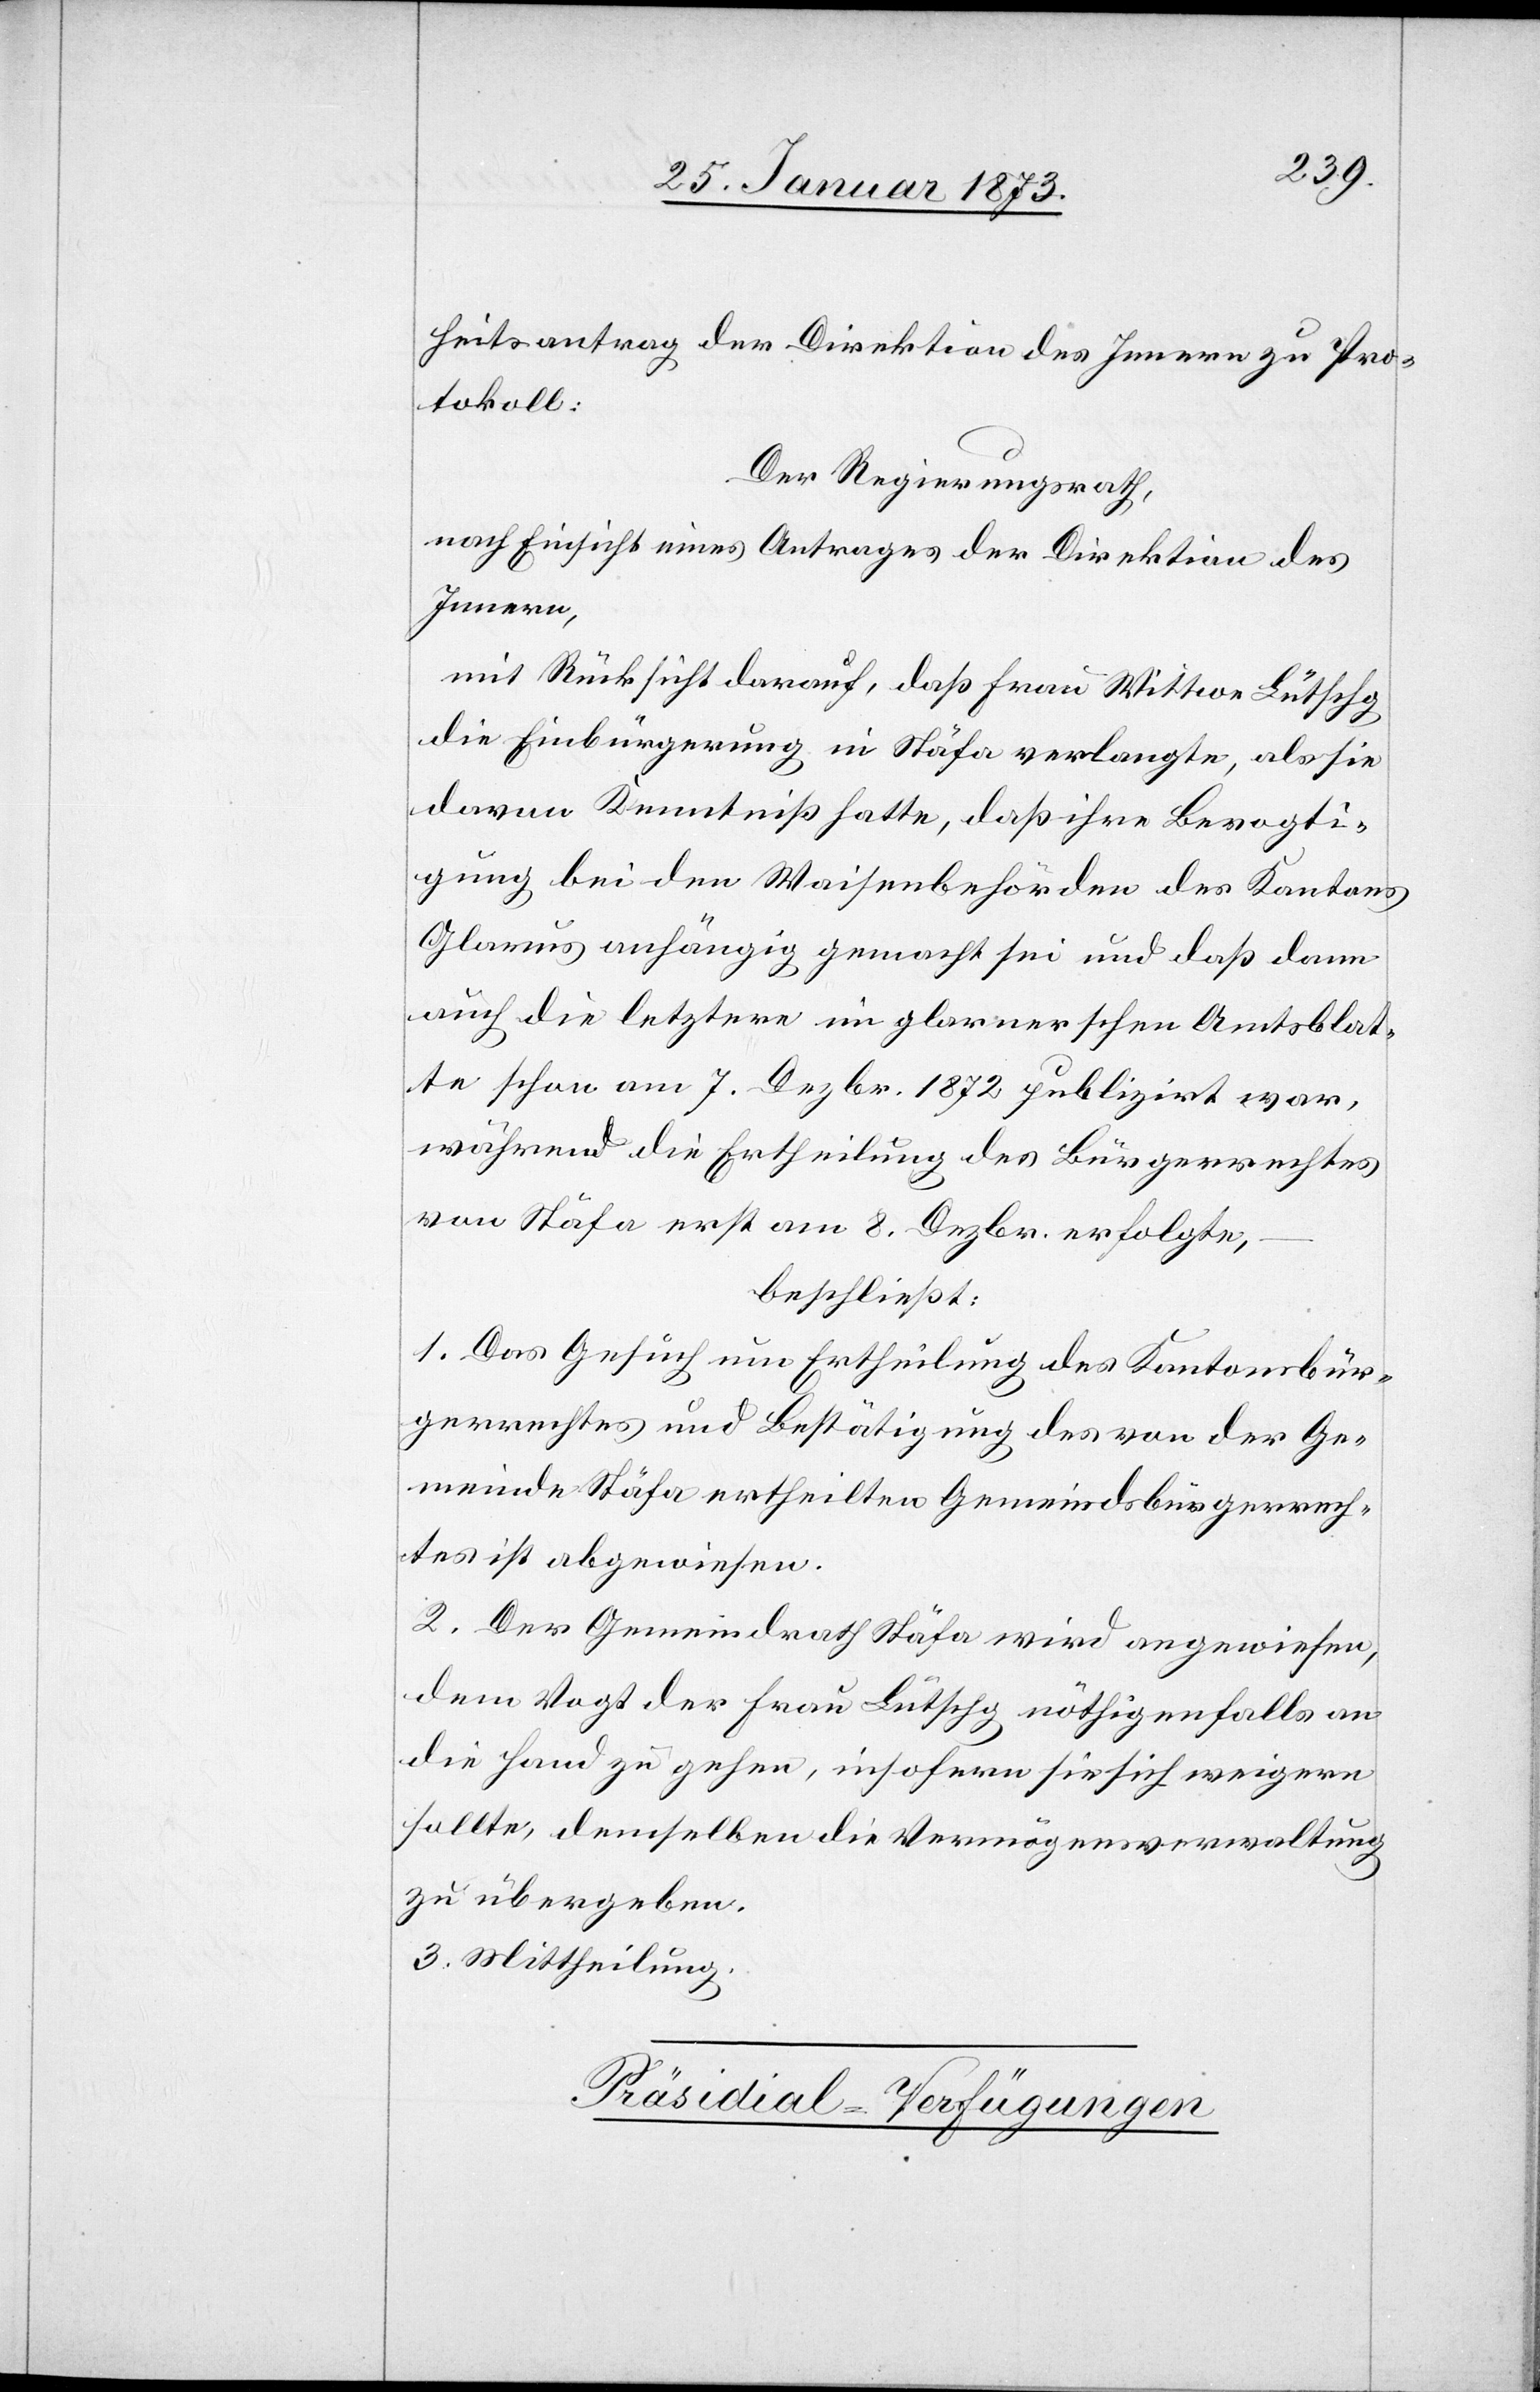
heitsantrag der Direktion des Innern zu Pro¬
tokoll:
Der Regierungsrath,
nach Einsicht eines Antrages der Direktion des
Innern,
mit Rücksicht darauf, daß Frau Wittwe Lütschg
die Einbürgerung in Stäfa verlangte, als sie
davon Kenntniß hatte, daß ihre Bevogti¬
gung bei den Waisenbehörden des Kantons
Glarus anhängig gemacht sei und daß dann
auch die letztere im glarnerschen Amtsblat¬
te schon am 7. Dezbr. 1872 publizirt war,
während die Ertheilung des Bürgerrechtes
von Stäfa erst am 8. Dezbr. erfolgte,
beschließt:
1. Das Gesuch um Ertheilung des Kantonsbür¬
gerrechtes und Bestätigung des von der Ge¬
meinde Stäfa ertheilten Gemeindsbürgerrech¬
tes ist abgewiesen.
2. Der Gemeindrath Stäfa wird angewiesen,
dem Vogt der Frau Lütschg nöthigenfalls an
die Hand zu gehen, insofern sie sich weigern
sollte, demselben die Vermögensverwaltung
zu übergeben.
3. Mittheilung.
Präsidial-Verfügungen[.]